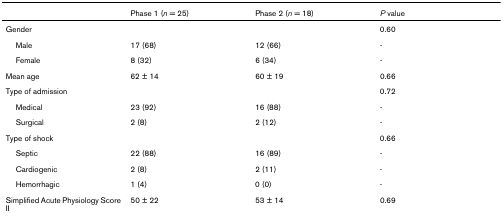
<table><thead><tr><td></td><td><b>Phase 1 (<i>n </i>= 25)</b></td><td><b>Phase 2 (<i>n </i>= 18)</b></td><td><b><i>P </i>value</b></td></tr></thead><tbody><tr><td>Gender</td><td></td><td></td><td>0.60</td></tr><tr><td> Male</td><td>17 (68)</td><td>12 (66)</td><td>-</td></tr><tr><td> Female</td><td>8 (32)</td><td>6 (34)</td><td>-</td></tr><tr><td>Mean age</td><td>62 ± 14</td><td>60 ± 19</td><td>0.66</td></tr><tr><td>Type of admission</td><td></td><td></td><td>0.72</td></tr><tr><td> Medical</td><td>23 (92)</td><td>16 (88)</td><td>-</td></tr><tr><td> Surgical</td><td>2 (8)</td><td>2 (12)</td><td>-</td></tr><tr><td>Type of shock</td><td></td><td></td><td>0.66</td></tr><tr><td> Septic</td><td>22 (88)</td><td>16 (89)</td><td>-</td></tr><tr><td> Cardiogenic</td><td>2 (8)</td><td>2 (11)</td><td>-</td></tr><tr><td> Hemorrhagic</td><td>1 (4)</td><td>0 (0)</td><td>-</td></tr><tr><td>Simplified Acute Physiology Score II</td><td>50 ± 22</td><td>53 ± 14</td><td>0.69</td></tr></tbody></table>